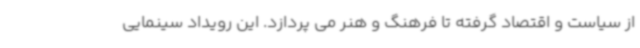
از سیاست و اقتصاد گرفته تا فرهنگ و هنر می پردازد. این رویداد سینمایی